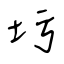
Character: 圬